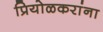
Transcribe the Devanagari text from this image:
प्रियोळकरांना